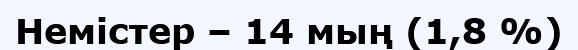
Немістер – 14 мың (1,8 %)